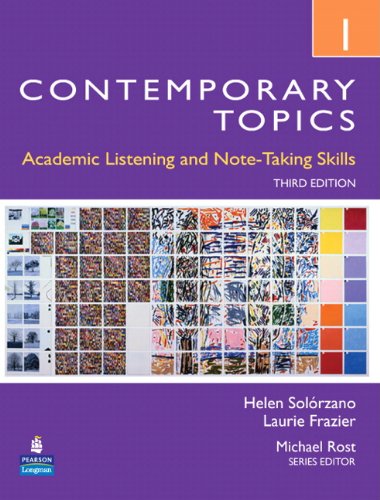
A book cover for Contemporary Topics 1: Academic Listening and Note-Taking Skills, 3rd Edition; Helen Solorzano; Reference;